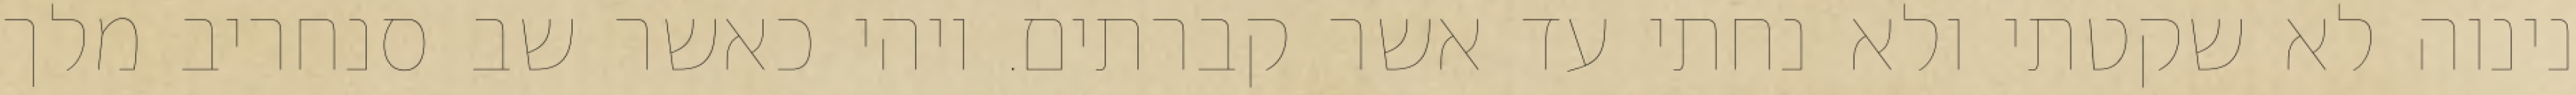
נינוה לא שקטתי ולא נחתי עד אשר קברתים. ויהי כאשר שב סנחריב מלך